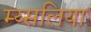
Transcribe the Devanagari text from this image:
म्य्सलिया